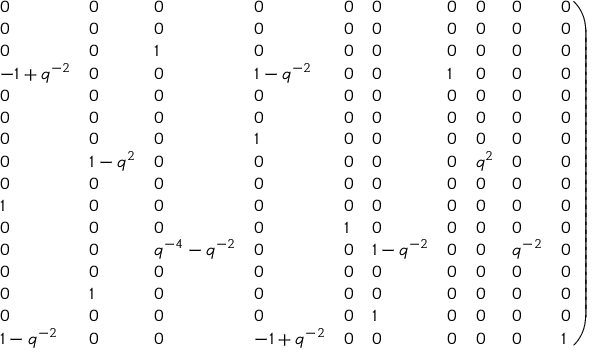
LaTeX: \left. \begin{array} { l l l l l l l l l l } { { 0 } } & { { 0 } } & { { 0 } } & { { 0 } } & { { 0 } } & { { 0 } } & { { 0 } } & { { 0 } } & { { 0 } } & { { 0 } } \\ { { 0 } } & { { 0 } } & { { 0 } } & { { 0 } } & { { 0 } } & { { 0 } } & { { 0 } } & { { 0 } } & { { 0 } } & { { 0 } } \\ { { 0 } } & { { 0 } } & { { 1 } } & { { 0 } } & { { 0 } } & { { 0 } } & { { 0 } } & { { 0 } } & { { 0 } } & { { 0 } } \\ { { - 1 + q ^ { - 2 } } } & { { 0 } } & { { 0 } } & { { 1 - { q ^ { - 2 } } } } & { { 0 } } & { { 0 } } & { { 1 } } & { { 0 } } & { { 0 } } & { { 0 } } \\ { { 0 } } & { { 0 } } & { { 0 } } & { { 0 } } & { { 0 } } & { { 0 } } & { { 0 } } & { { 0 } } & { { 0 } } & { { 0 } } \\ { { 0 } } & { { 0 } } & { { 0 } } & { { 0 } } & { { 0 } } & { { 0 } } & { { 0 } } & { { 0 } } & { { 0 } } & { { 0 } } \\ { { 0 } } & { { 0 } } & { { 0 } } & { { 1 } } & { { 0 } } & { { 0 } } & { { 0 } } & { { 0 } } & { { 0 } } & { { 0 } } \\ { { 0 } } & { { 1 - q ^ { 2 } } } & { { 0 } } & { { 0 } } & { { 0 } } & { { 0 } } & { { 0 } } & { { { q ^ { 2 } } } } & { { 0 } } & { { 0 } } \\ { { 0 } } & { { 0 } } & { { 0 } } & { { 0 } } & { { 0 } } & { { 0 } } & { { 0 } } & { { 0 } } & { { 0 } } & { { 0 } } \\ { { 1 } } & { { 0 } } & { { 0 } } & { { 0 } } & { { 0 } } & { { 0 } } & { { 0 } } & { { 0 } } & { { 0 } } & { { 0 } } \\ { { 0 } } & { { 0 } } & { { 0 } } & { { 0 } } & { { 1 } } & { { 0 } } & { { 0 } } & { { 0 } } & { { 0 } } & { { 0 } } \\ { { 0 } } & { { 0 } } & { { { q ^ { - 4 } } - { q ^ { - 2 } } } } & { { 0 } } & { { 0 } } & { { 1 - { q ^ { - 2 } } } } & { { 0 } } & { { 0 } } & { { { q ^ { - 2 } } } } & { { 0 } } \\ { { 0 } } & { { 0 } } & { { 0 } } & { { 0 } } & { { 0 } } & { { 0 } } & { { 0 } } & { { 0 } } & { { 0 } } & { { 0 } } \\ { { 0 } } & { { 1 } } & { { 0 } } & { { 0 } } & { { 0 } } & { { 0 } } & { { 0 } } & { { 0 } } & { { 0 } } & { { 0 } } \\ { { 0 } } & { { 0 } } & { { 0 } } & { { 0 } } & { { 0 } } & { { 1 } } & { { 0 } } & { { 0 } } & { { 0 } } & { { 0 } } \\ { { 1 - q ^ { - 2 } } } & { { 0 } } & { { 0 } } & { { - 1 + { q ^ { - 2 } } } } & { { 0 } } & { { 0 } } & { { 0 } } & { { 0 } } & { { 0 } } & { { 1 } } \end{array} \right)